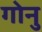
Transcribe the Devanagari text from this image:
गोनु